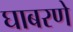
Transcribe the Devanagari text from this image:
घाबरणे